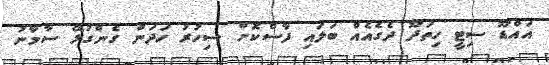
އައްޑޫ ސިޓީ ހިތަދޫ ދެގެއެއް ބަލައި ފާސްކޮށް ސިހުރު ހަދަން ގެންގުޅޭ ސާމާނު